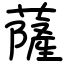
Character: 薩